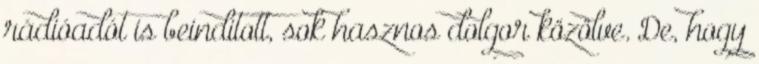
rádióadót is beinditott, sok hasznos dolgor közölve. De, hogy